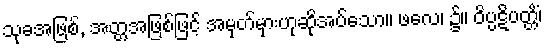
သုခအဖြစ်, အတ္တအဖြစ်ဖြင့် အမှတ်မှားဟုဆိုအပ်သော။ ဖလေ၊ ၌။ ဝိပ္ပဋိပတ္တိံ၊